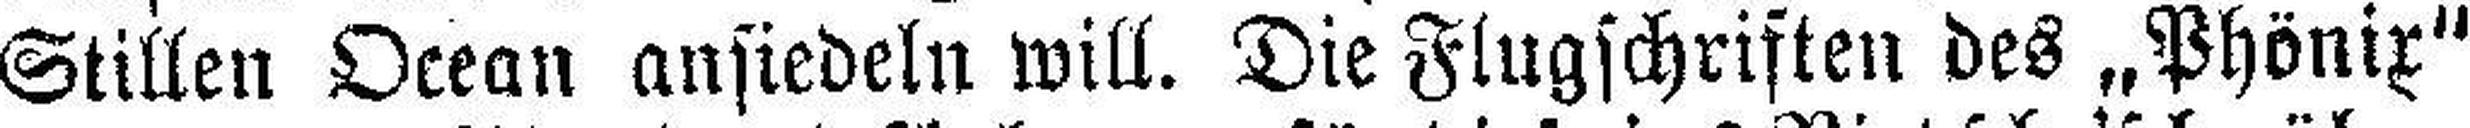
Stillen Ocean ansiedeln will. Die Flugschriften des „Phönix"